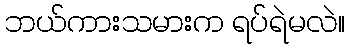
ဘယ်ကားသမားက ရပ်ရဲမလဲ။